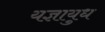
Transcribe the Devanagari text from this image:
यज्ञायुध